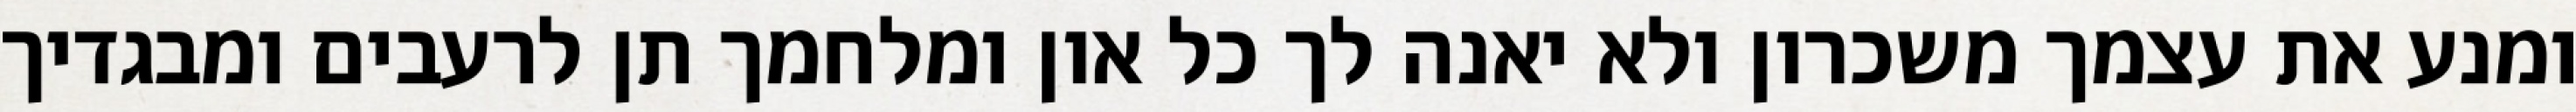
ומנע את עצמך משכרון ולא יאנה לך כל און ומלחמך תן לרעבים ומבגדיך